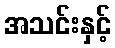
အသင်းနှင့်